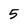
Character: 5